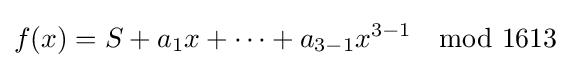
f(x)=S+a_{1}x+\dots +a_{3-1}x^{3-1}\mod 1613